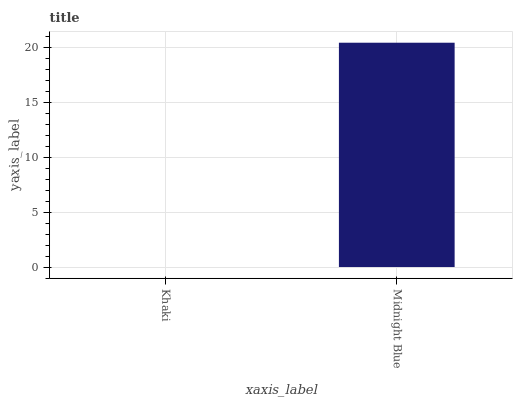
| xaxis_label | bars |
 | --- | --- |
 | Khaki | 0 |
 | Midnight Blue | 20.4 |